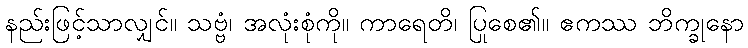
နည်းဖြင့်သာလျှင်။ သဗ္ဗံ၊ အလုံးစုံကို။ ကာရေတိ၊ ပြုစေ၏။ ဧကဿ ဘိက္ခုနော